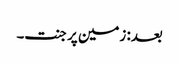
بعد: زمین پر جنت۔